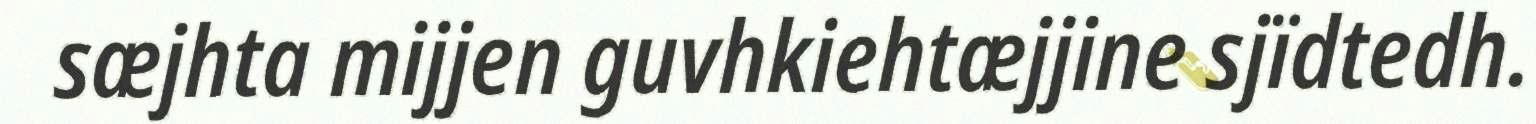
sæjhta mijjen guvhkiehtæjjine sjïdtedh.